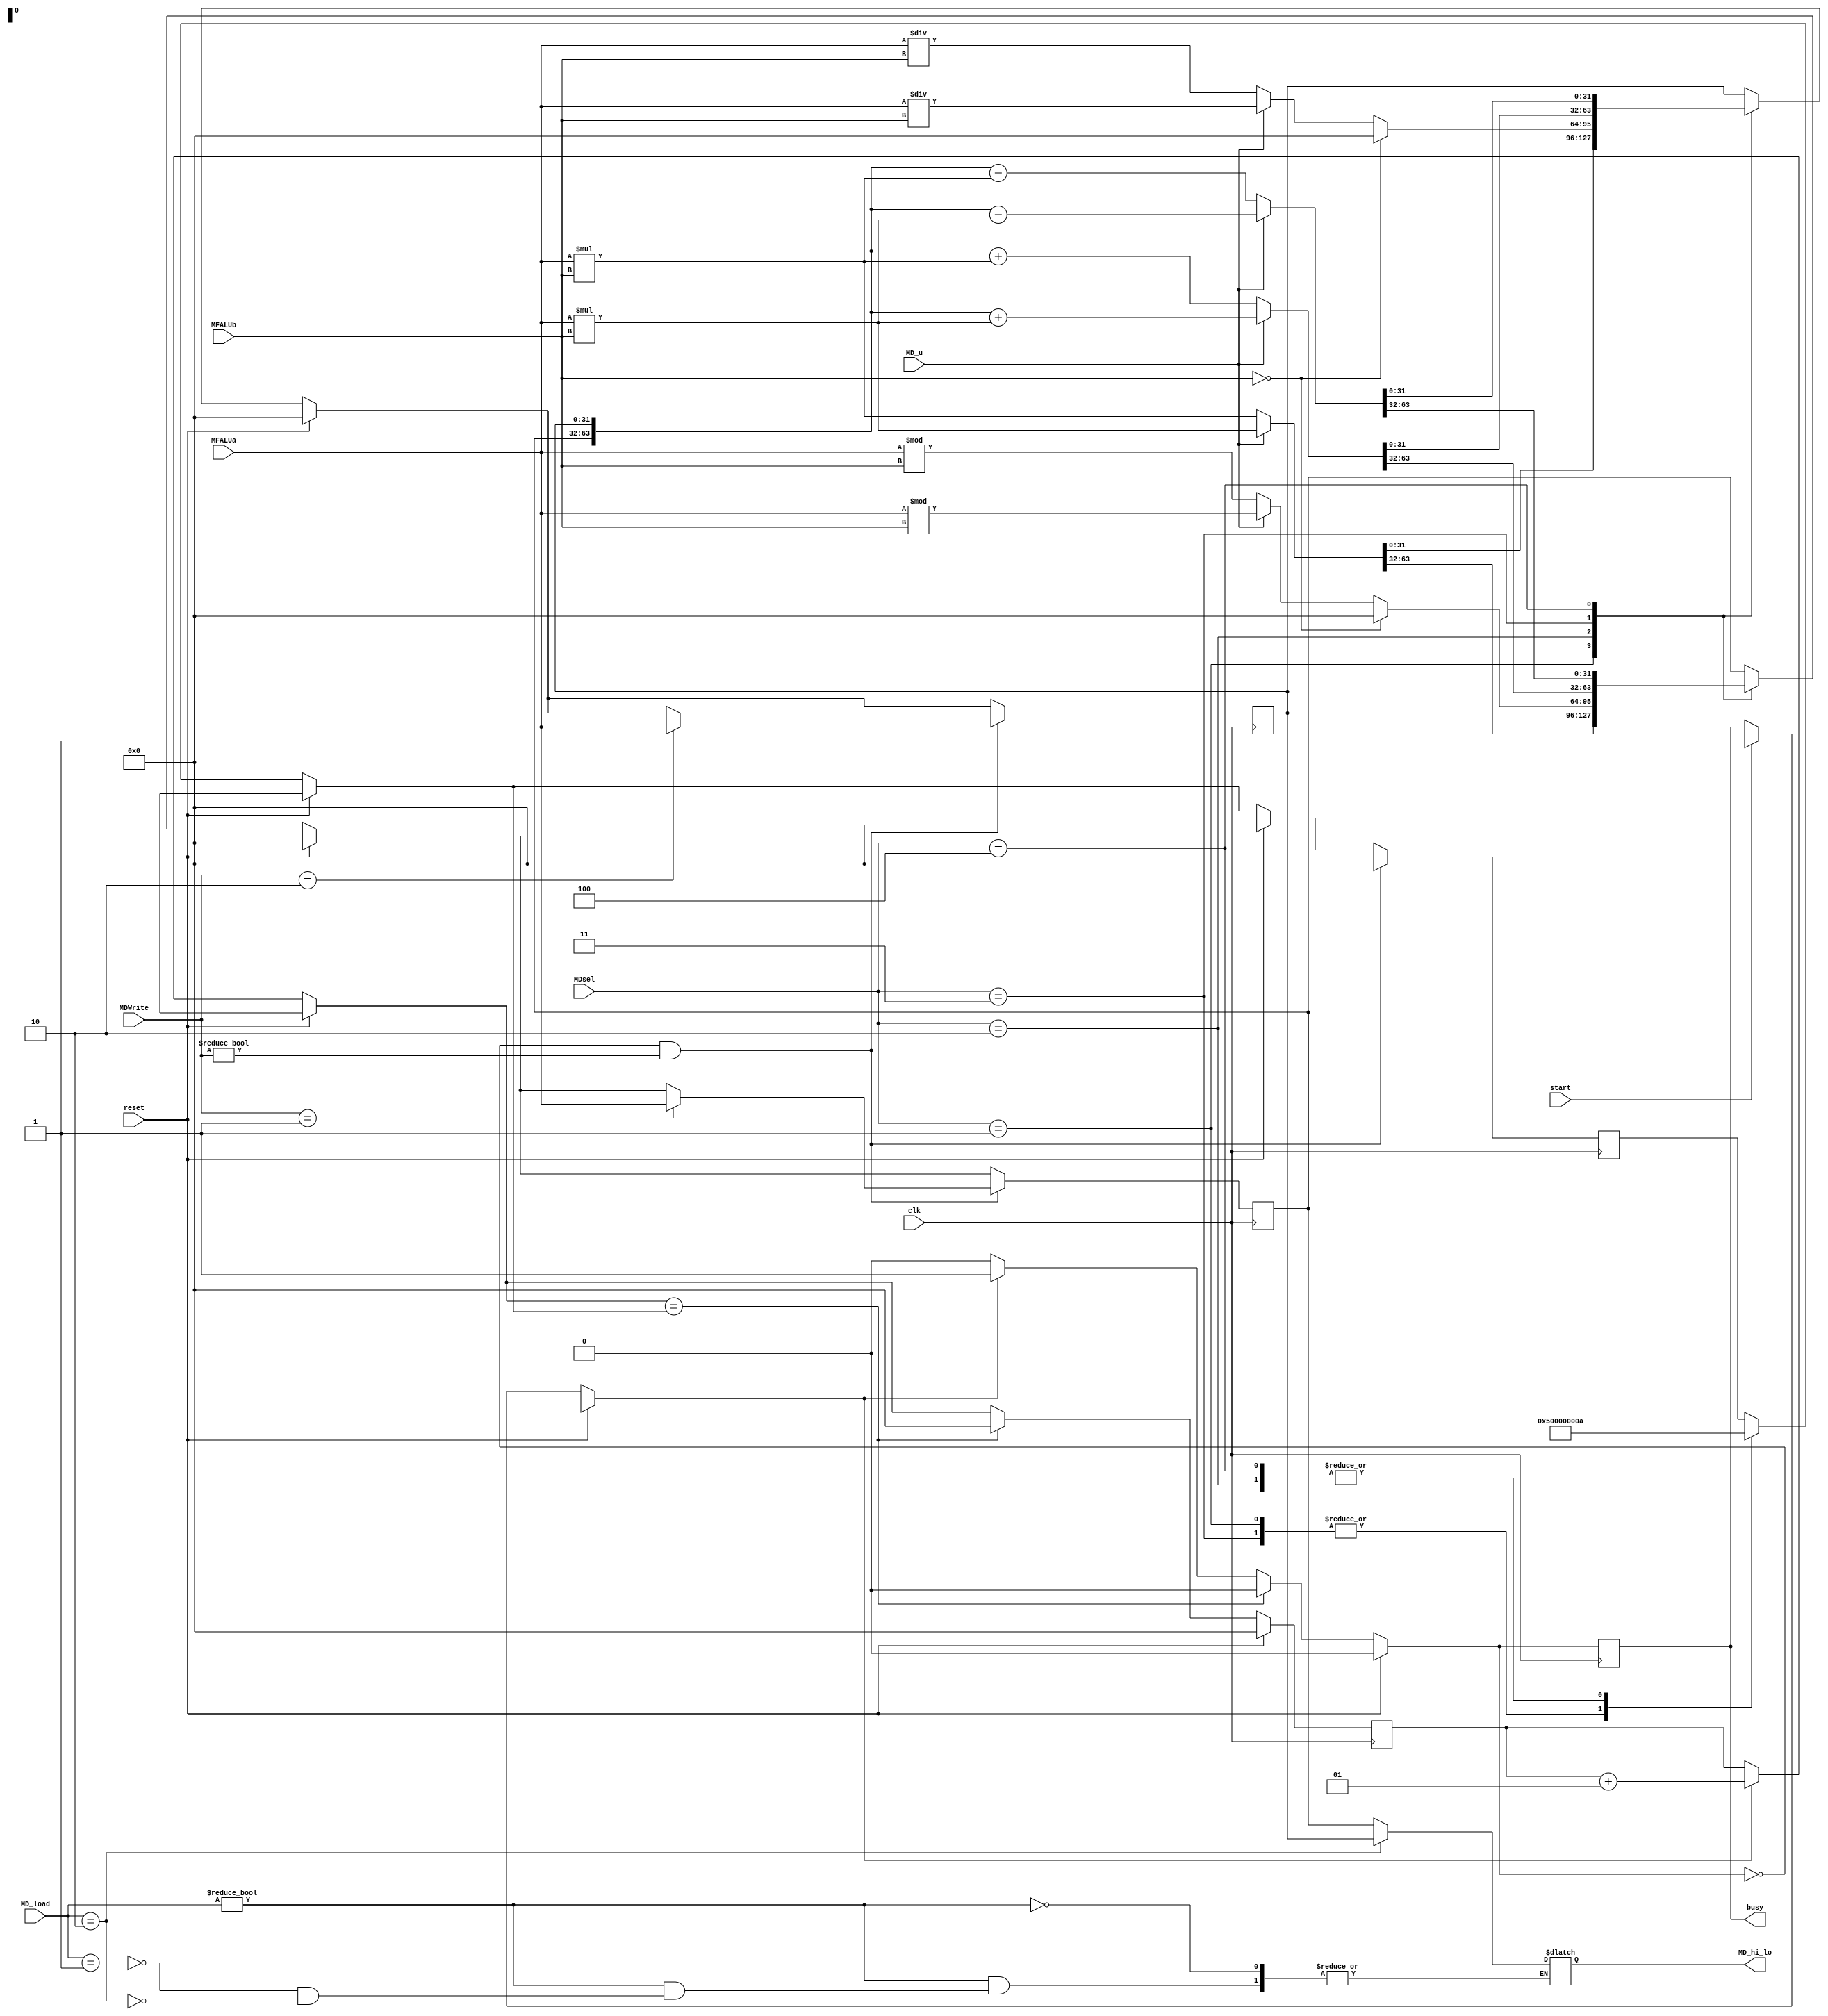
`timescale 1ns / 1ps
//////////////////////////////////////////////////////////////////////////////////
// Company: 
// Engineer: 
// 
// Design Name: 
// Module Name:    MD 
// Project Name: 
// Target Devices: 
// Tool versions: 
// Description: 
//
// Dependencies: 
//
// Revision: 
// Revision 0.01 - File Created
// Additional Comments: 
//
//////////////////////////////////////////////////////////////////////////////////
`define MULT 3'b001
`define DIV 3'b010
`define MADD 3'b011
`define MSUB 3'b100
`define MTHI 2'b01
`define MTLO 2'b10
`define MFHI 2'b01
`define MFLO 2'b10
module MD(
    input [31:0] MFALUa,
    input [31:0] MFALUb,
	 input clk,
	 input reset,
	 input [2:0] MDWrite,
	 input [2:0] MDsel,
	 input MD_u,
	 input start,
	 input [1:0] MD_load,
    output reg busy,
    output reg [31:0] MD_hi_lo
    );
	 wire [31:0] MD_WD;
	 integer flag;
	 reg [31:0] hi,lo;
	 integer i;
	 assign MD_WD = MFALUa;
	 initial begin
		 flag = 0;
		 busy = 0;
		 i = 0;
		 hi = 0;
		 lo = 0;
	 end
always @* begin
         if(MD_load!=0) begin
			   case(MD_load)
				  `MFHI: begin MD_hi_lo = hi; end
				  `MFLO: begin MD_hi_lo = lo; end
				endcase
			end
end
always @(posedge clk) begin
	   if(reset) begin
		    flag = 0;
		    busy = 0;
			 i = 0;
			 hi = 0;
			 lo = 0;
	   end
	   else begin
		    if(start) begin
			 //start = 0;
			 busy = 1;
			 end
			 if(busy) begin
			   i = i + 1;
				busy <= 1;
			 end
		  	 //if(busy==0&&MDsel!=0) begin
	         // start = 1;
	       //end
			 //if(i==flag) begin
	       case(MDsel) 
	        `MULT: begin
	          flag = 5;
	          if(MD_u) {hi,lo} = MFALUa * MFALUb;
	          else {hi,lo} = $signed(MFALUa) * $signed(MFALUb);
	        end
	        `DIV: begin
	          flag = 10;
	          if(MD_u) begin
	          lo = MFALUa / MFALUb;
	          hi = MFALUa % MFALUb;
	          end
	          else begin
	          lo = $signed(MFALUa) / $signed(MFALUb);
	          hi = $signed(MFALUa) % $signed(MFALUb);
	          end
				 if(MFALUb==0) begin
				    hi = 0;
					 lo = 0;
				 end
	        end
			  `MADD: begin
			    flag = 5;
				 if(MD_u) {hi,lo} = {hi,lo}+MFALUa*MFALUb;
				 else {hi,lo} = $signed({hi,lo})+$signed(MFALUa)*$signed(MFALUb);
			  end
			  `MSUB: begin
			    flag = 10;
				 if(MD_u) {hi,lo} <= $signed({hi,lo})-MFALUa*MFALUb;
				 else {hi,lo} = $signed({hi,lo})-$signed(MFALUa)*$signed(MFALUb);
			  end
			  //default: flag = 0;
	       endcase//MDsel
			 if(i==flag) begin
			 i = 0;
			 busy <= 0;
			// MD_u <= MD_u;//???
			 end
	   end//end else if(reset)
		if(!busy & MDWrite!=0) begin
		   case(MDWrite)
			 `MTHI: begin
			  hi <= MD_WD;
			 end
			 `MTLO: begin
			  lo <= MD_WD;
			 end
			endcase
			flag <= 0;
		end
end
	 

endmodule